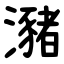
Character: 瀦